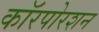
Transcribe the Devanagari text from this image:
कॉरपोरशन